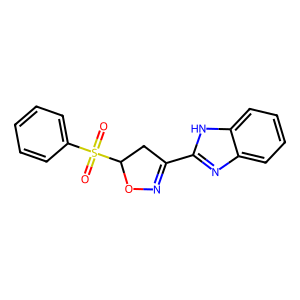
SMILES: O=S(=O)(c1ccccc1)C1CC(c2nc3ccccc3[nH]2)=NO1
Inhibits HIV replication: No